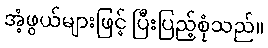
အံ့ဖွယ်များဖြင့် ပြီးပြည့်စုံသည်။